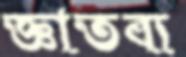
জ্ঞাতব্য